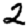
Digit: 2